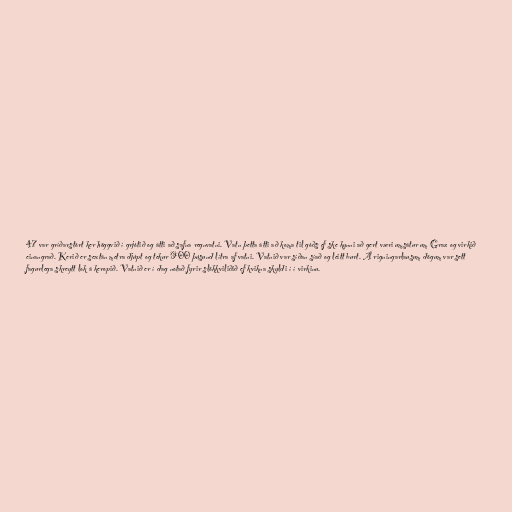
47 var gríðarstórt ker höggvið í grjótið og átti að safna regnvatni. Vatn þetta átti að koma til góðs ef ske kynni að gert væri umsátur um Graz og virkið
einangrað. Kerið er sextán metra djúpt og tekur 900 þúsund lítra af vatni. Vatnið var síðan síað og leitt burt. Á rigningarlausum dögum var sett
fagurlega skreytt lok á keropið. Vatnið er í dag notað fyrir slökkviliðið ef kvikna skyldi í í virkinu.